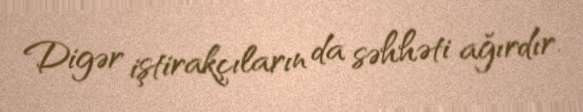
Digər iştirakçıların da səhhəti ağırdır.